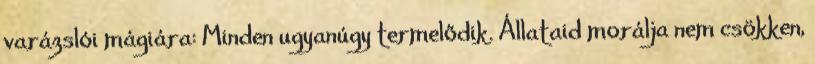
varázslói mágiára: Minden ugyanúgy termelődik. Állataid morálja nem csökken,